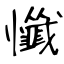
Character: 懺